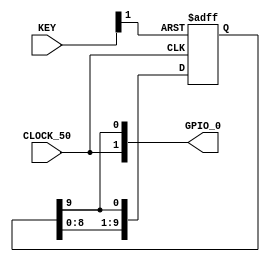
module clock_divider(CLOCK_50, KEY, GPIO_0);

input           CLOCK_50;
input   [1:0]   KEY;
output  [35:0]  GPIO_0;

reg     [9:0]     div_reg;

wire    clk     = CLOCK_50;
wire    rst_n   = KEY[1];

assign GPIO_0[0]  = div_reg[9];
assign GPIO_0[1]  = CLOCK_50;

always @(posedge clk, negedge rst_n) begin
    if(~rst_n) begin
        div_reg <= 10'd1;
    end else begin
        div_reg <= {div_reg[8:0], div_reg[9]};
    end
end


endmodule